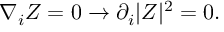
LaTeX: \nabla _ { i } Z = 0 \rightarrow \partial _ { i } \vert Z \vert ^ { 2 } = 0 .